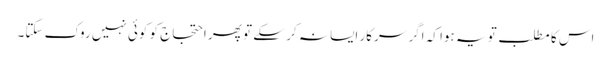
اس کا مطلب تو یہ ہوا کہ اگر سرکار ایسا نہ کر سکے تو پھر احتجاج کو کوئی نہیں روک سکتا۔